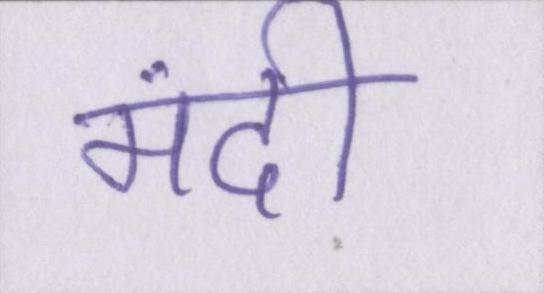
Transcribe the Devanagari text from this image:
मंदी